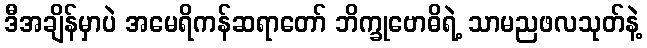
ဒီအချိန်မှာပဲ အမေရိကန်ဆရာတော် ဘိက္ခုဗောဓိရဲ့ သာမညဖလသုတ်နဲ့